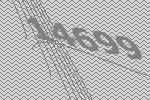
14699